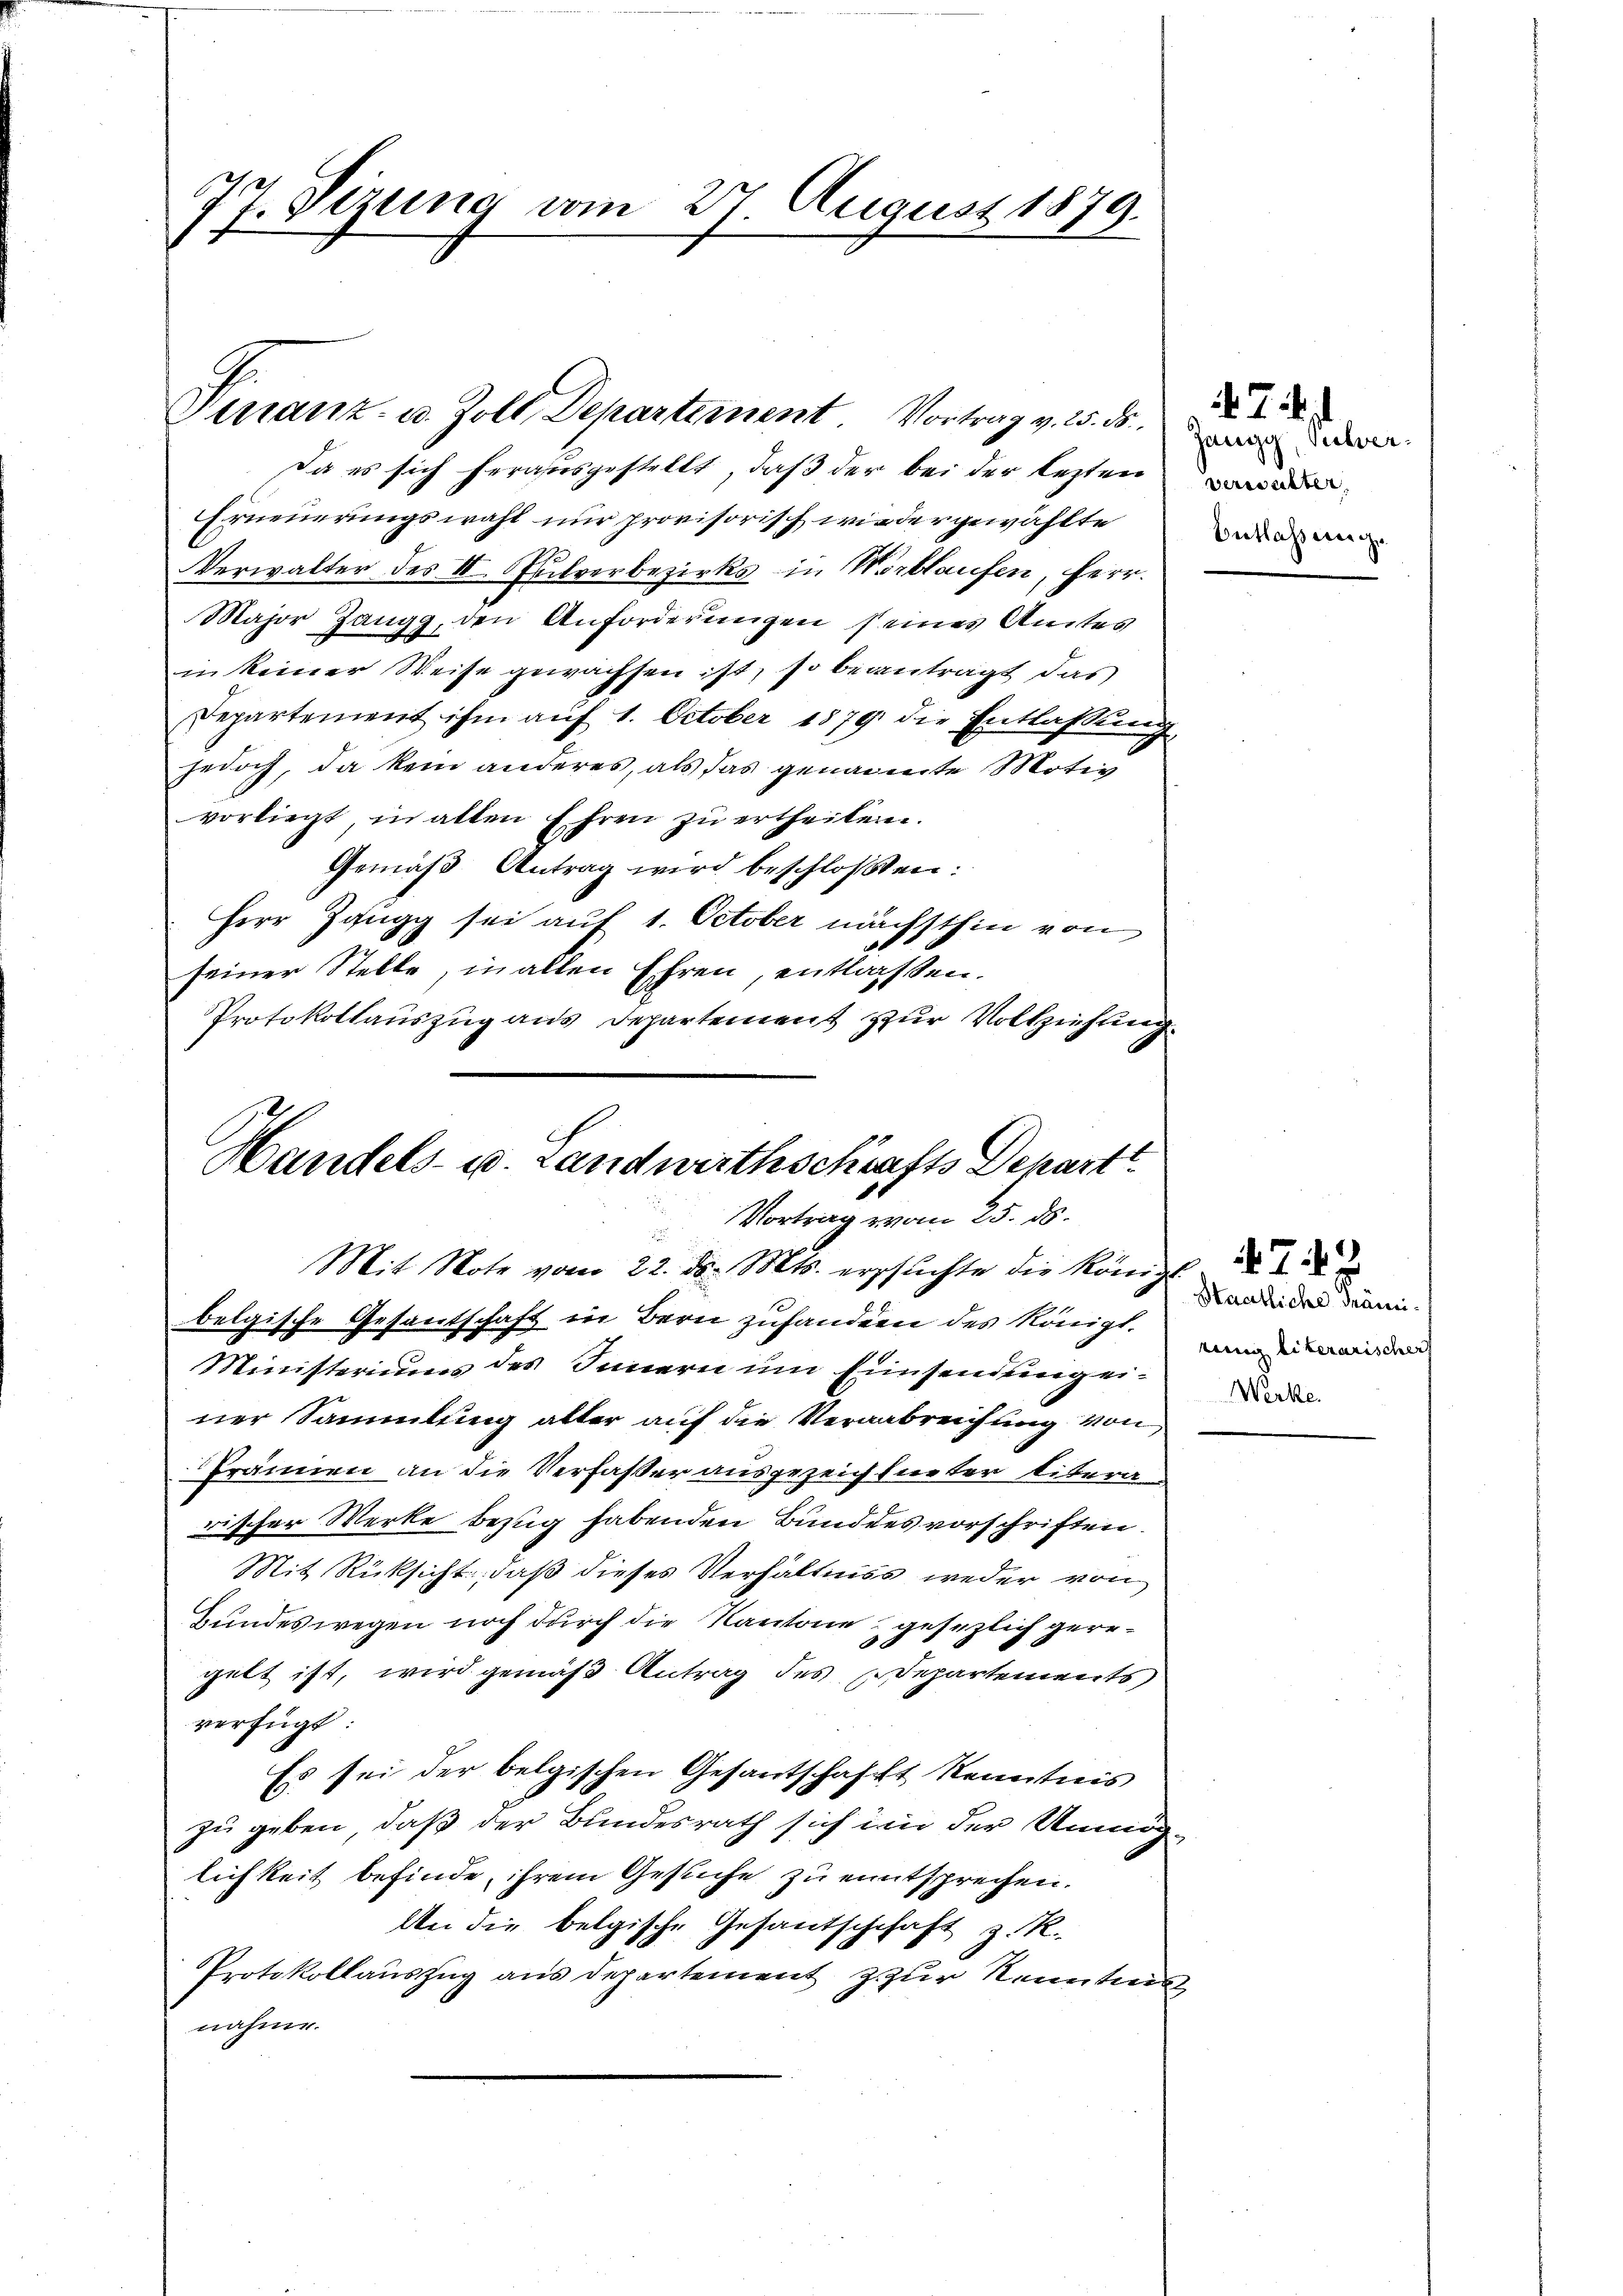
77. Sizung vom 27. August 1879.

Finanz- u. Zoll Departement Vortrag v. M. der

Da es sich herausgestellt, daß der bei der lezten der
Erneuerungswahl nur provisorisch wiedergewählte
Verwalter des II. Pulverbezirks in Wortlaufen, Herr.
Major Zangg, den Anforderungen seines Amtes
in keiner Weise gewachsen ist, so beantragt, das
Departement ihm auf 1. October 1879 die Entlaßung
jedoch, da kein anderes, als das genannte Motiv
vorliegt, in alten Ehren zu ertheilen.
Gemäß Antrag wird beschloßen:
Herr Zangg sei auf 1. October nächsthin von
seiner Stelle, in allen Ehren, entlassen.
Protokollauszug aus Departement zur Vollziehung

Handels- u. Landwirthschafts Depart
Vortrag vom 25. ds.
d
Mit Note vom 22. d. Mts. erschlichte die Königl. d
belgische Gesantschaft in Bern zuhandern des Königl.

Ministeriums des Innern um Einsendung einer Sammlung alter auf die Verabreichung von
Tränen an die Verfaßer ausgezeichneter Litera
rischer Werke bezug habenden Bunddes vorschriften.
Mit Rücksicht, daß dieses Verhältniss weder von
Bundeswegen noch durch die Kantone gesezlich geregelt ist, wird gemäß Antrag des Departements
verfügt
Es sei der belgischen Gesantschafft Kenntnis
zu geben, daß der Bundesrath sich im der Unmöglichkeit befinde, ihrem Gesuche zu entsprechen.
An die belgische Gesantschchaft z. R.
Protokollauszug aus Departement z zur Kenntnis
nahme.

.J.
Entlassung

Haatliche Mänitung literarischer
Werke